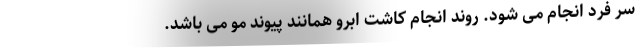
سر فرد انجام می شود. روند انجام کاشت ابرو همانند پیوند مو می باشد.